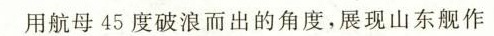
用航母45度破浪而出的角度，展现山东舰作